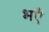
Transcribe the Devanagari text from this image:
भएँ